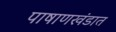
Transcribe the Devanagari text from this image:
पाषाणखंडात